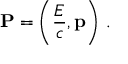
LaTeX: \mathbf { P } = \left( { \frac { E } { c } } , \mathbf { p } \right) \, .